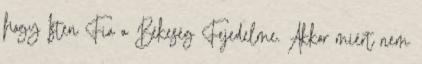
hogy Isten Fia a Békeség Fejedelme. Akkor miért nem